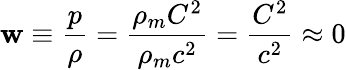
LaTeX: \mathbf{w}\equiv{\frac{{p}}{{\rho}}}={\frac{{\rho_{m}C^{2}}}{{\rho_{m}c^{2}}}}={\frac{{C^{2}}}{{c^{2}}}}\approx0